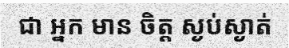
ជា អ្នក មាន ចិត្ត ស្ងប់ស្ងាត់